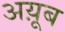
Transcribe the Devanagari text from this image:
अय़ूब